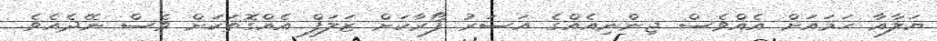
ޔަލާއާ ހަމައަށް އެއްވެސް ޖިންނިއެއްގެ އަސަރު ފޯރާކަށް ޒަލަފް އެއްގޮތަކަށް ވެސް ނޭދެއެވެ.